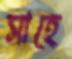
সাহে